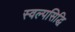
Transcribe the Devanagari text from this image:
स्वल्पसिद्धि